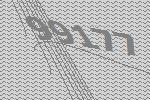
99177